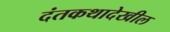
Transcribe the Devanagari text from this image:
दंतकथादेखील